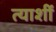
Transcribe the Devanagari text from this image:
त्याशीं